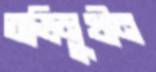
অভিমুখীন